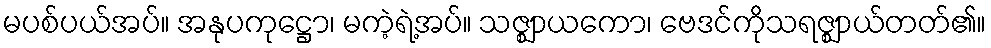
မပစ်ပယ်အပ်။ အနုပကုဋ္ဌော၊ မကဲ့ရဲ့အပ်။ သဇ္ဈာယကော၊ ဗေဒင်ကိုသရဇ္ဈာယ်တတ်၏။